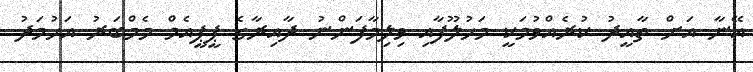
އޭނާ އަށް ތާއީދު ކުރެއްވުމަކީ މަހުލޫފާއި ވިލިމާފަންނު ދާއިރާގެ ޕީޕީއެމް މެމްބަރު އަހުމަދު